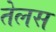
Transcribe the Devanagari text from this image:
तेलस